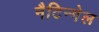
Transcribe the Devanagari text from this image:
नैटिन्गेल